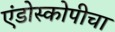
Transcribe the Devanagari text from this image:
एंडोस्कोपीचा